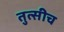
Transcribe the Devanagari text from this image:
तुत्‍सीच